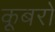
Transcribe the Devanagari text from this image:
कूबरो